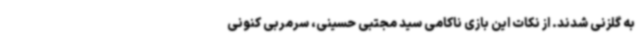
به گلزنی شدند. از نکات این بازی ناکامی سید مجتبی حسینی، سرمربی کنونی